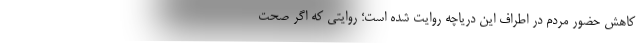
کاهش حضور مردم در اطراف این دریاچه روایت شده است؛ روایتی که اگر صحت